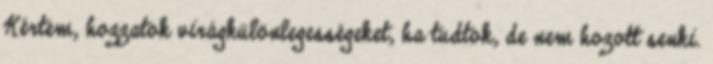
Kértem, hozzatok virágkülönlegességeket, ha tudtok, de nem hozott senki.